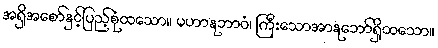
အရှိအစော်နှင့်ပြည့်စုံထသော။ မဟာနုဘာဝံ၊ ကြီးသောအာနုဘော်ရှိထသော။